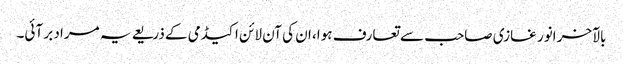
بالآخر انور غازی صاحب سے تعارف ہوا، ان کی آن لائن اکیڈمی کے ذریعے یہ مراد بر آئی۔